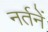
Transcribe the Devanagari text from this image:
नर्तनें